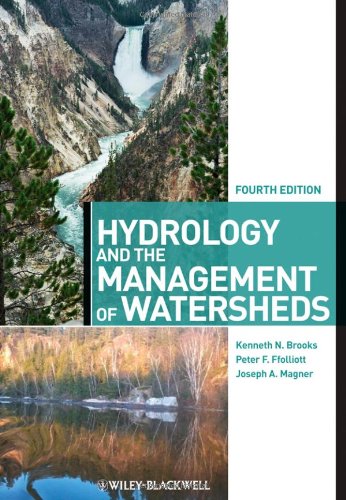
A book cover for Hydrology and the Management of Watersheds; Kenneth N. Brooks; Science & Math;